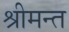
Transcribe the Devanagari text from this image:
श्रीमन्त